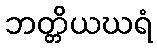
ဘတ္တိယဃရံ